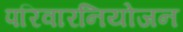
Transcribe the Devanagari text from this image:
परिवारनियोजन